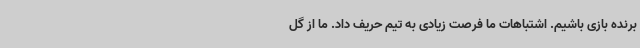
برنده بازی باشیم. اشتباهات ما فرصت زیادی به تیم حریف داد. ما از گل